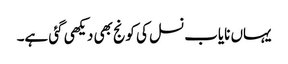
یہاں نایاب نسل کی کونج بھی دیکھی گئی ہے۔